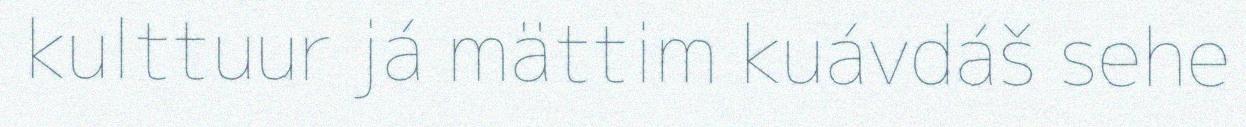
kulttuur já mättim kuávdáš sehe